Report on vaccination in Madras 1922-1929 - 1922-1929
Year: 1922
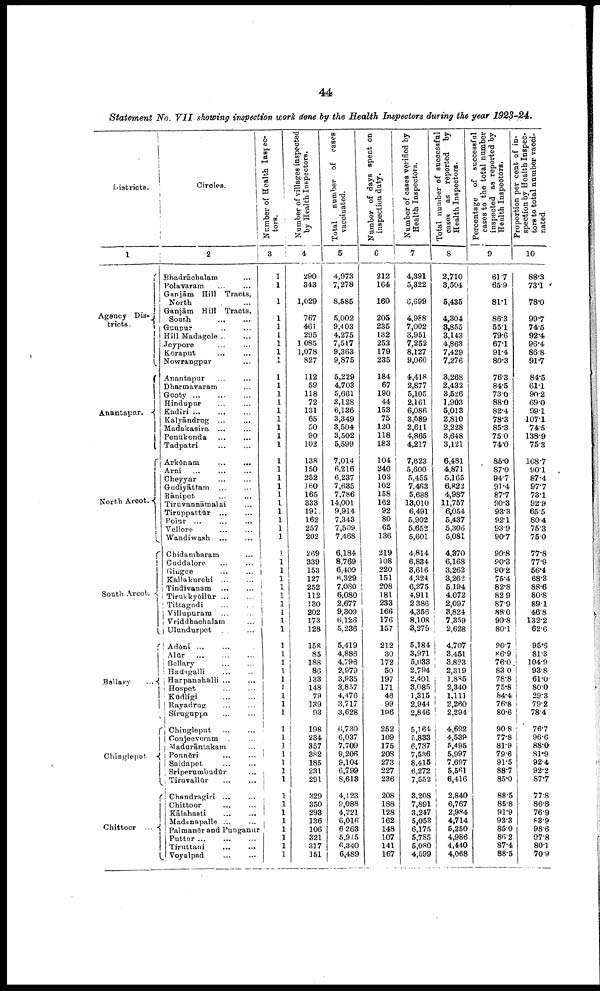
44
Statement No. VII showing inspection work done by the Health Inspectors during the year 1923-24.
Districts.
1
Agency Dis-
tricts.
Anantapur.
Nort h
Arcot.
South
Arcot.
Bellary.
Chingleput.
Chittoor.
Circles.
2
Bhadrāchalam...
Polavaram... ...
Ganjām Hill Tracts,
North...
Ganjām Hill Tracts,
South
Gunpur...
...
Hill
Madagole...
...
Jeypore... ...
Koraput... ...
Nowrangpur... ...
Anantapur... ...
Dharmavaram... ...
Gooty...
...
...
Hindupur... ... ...
Kadiri...
...
...
Kalyāndrug... ...
Madakasira...
...
Penukonda... ...
Tadpatri...
...
Arkōnam...
...
Arni... ...
Cheyyar...
...
Gudiyāttam...
Rānipet...
Tirunvannāmalai...
Tiruppattūr...
...
Polur...
....
Vellore... ...
Wandiwash...
...
Chidambaram... ...
Cuddalore... ...
Giugee... ...
Kallakurchi... ...
Tindivanam... ...
Tirukkyōilūr... ...
Tittagudi... ...
Villupuram... ...
Vriddhachalam... ...
Ulundurpet... ...
Adōni... ...
Alūr...
...
Bellary... ...
'Hadagalli... ...
Harpanahalli ...
Hospet...
Kūdligi...
...
Rayadrug... ...
Siruguppa... ...
Chingleput... ...
Conjeeveram... ...
Madurāntakam... ...
Ponneri... ....
Saidapet... ...
Sriperumbudūr... ...
Tiruvallūr... ...
Chandragiri... ...
Chittoor... ...
Kālahasti... ...
Madanapalle... ...
Palmanēr and Punganur...
Puttur... ...
Tiruttani... ...
Voyalpad
...
...
Number of Health Inspec-
tors.
3
1
1
1
...
1
1
1
1
1
1
1
1
1
1
1
1
1
1
1
1
1
1
1
1
1
1
1
1
1
1
1
1
1
1
1
1
1
1
1
1
1
1
1
1
1
1
1
1
1
1
1
1
1
1
1
1
1
1
1
1
1
1
Number of villages inspected
by Health Inspectors.
4
290
343
1,029
767
461
295
1,085
1,078
827
112
59
118
72
131
65
50
90
102
138
150
252
160
165
333
191
162
257
202
269
339
153
127
252
112
130
202
173
128
158
85
188
86
133
148
79
139
93
198
234
357
382
185
231
291
329
350
293
136
106
321
317
151
Total
number of cases
vaccinated.
5
4,973
7,278
8,585
5,002
9,403
4,275
7,517
9,363
9,875
5,229
4,703
5,661
3,128
6,136
3,349
3,504
3,502
5,599
7,014
6,216
6,237
7,635
7,786
14,001
9,914
7,343
7,509
7,468
6,184
8,769
6,409
6,329
7,080
6,080
2,677
9,309
6,126
5,236
5,419
4,886
4,796
2,979
3,935
3,857
4,476
3,717
3,628
6,730
6,037
7,709
9,206
9,104
6,799
8,613
4,123
9,088
4,221
6,016
6,263
5,915
6,340
6,489
Number of days spent on
inspection duty.
6
212
164
160
205
235
132
253
179
235
184
67
190
44
153
75
120
118
183
104
240
103
102
158
162
92
80
65
136
219
108
220
151
208
181
233
166
176
157
212
30
172
50
197
171
46
99
196
252
109
175
208
273
227
236
208
188
128
162
148
107
141
167
Number of cases verified by
Health Inspectors.
7
4,391
5,322
6,699
4,988
7,002
3,951
7,252
8,127
9,060
4,418
2,877
5,105
2,161
6,086
3,589
2,611
4,865
4,217
7,623
5,600
5,455
7,463
5,688
13,010
6,491
5,902
5,652
5,601
4,814
6,834
3,616
4,324
6,275
4,911
2,386
4,356
8,108
3,279
5,184
3,971
5,033
2,794
2,401
3,085
1,315
2,944
2,846
5,164
5,833
6,737
7,536
8,415
6,272
7,552
3,208
7,891
3,247
5,053
6,175
5,785
5,080
4,599
Total number of successful
cases
as
reported
by
Health Inspectors.
8
2,710
3,504
5,435
4,304
3,855
3,143
4,863
7,429
7,276
3,268
2,432
3,526
1,903
5,013
2,810
2,228
3,648
3,121
6,481
4,871
5,165
6,822
4,987
11,757
6,054
5,437
5,306
5,081
4,370
6,168
3,262
3,262
5,194
4,072
2,097
3,824
7,359
2,628
4,707
3,451
3,823
2,319
1,885
2,340
1,111
2,260
2,294
4,692
4,539
5,495
5,997
7,697
5,561
6,416
2,840
6,767
2,984
4,714
5,250
4,986
4,440
4,068
Percentage of successful
cases to the total number
inspected as reported by
Health Inspectors.
9
61.7
65.9
81.1
863
55.1
79.6
67.1
91.4
80.3
76.3
84.5
73.0
88.0
82.4
78.3
85.3
75.0
74.0
85.0
87.0
94.7
91.4
87.7
90.3
93.3
92.1
93.9
90.7
90.8
90.3
90.2
75.4
82.8
82.9
87.9
88.0
90.8
80.1
90.7
86.9
76.0
83.0
78.8
75.8
84.4
76.8
80.6
90.8
77.8
81.9
79.6
91.5
88.7
85.0
88.5
85.8
91.9
93.3
85.0
86.2
87.4
88.5
Proportion per cent of in
spection by Health Inspec
tors to total number vacci-
nated.
10
88.3
73.1
78.0
99.7
74.5
92.4
96.4
86.8
91.7
84.5
61.1
90.2
69.0
99.1
107.1
74.5
138.9
75.3
108.7
90.1
87.4
97.7
73.1
92.9
65.5
80.4
75.3
75.0
77.8
77.9
56.4
68.3
88.6
80.8
89.1
46.8
132.2
62.6
95.5
81.3
104.9
93.8
61.0
80.0
29.3
79.2
78.4
76.7
96.6
88.0
81.9
92.4
92.2
87.7
77.8
86.8
76.9
88.9
98.6
97.8
80.1
70.9